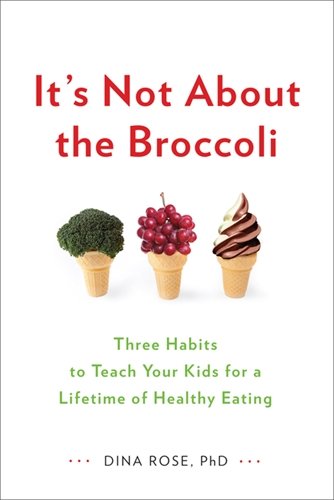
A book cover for It's Not About the Broccoli: Three Habits to Teach Your Kids for a Lifetime of Healthy Eating; Dina Rose; Health, Fitness & Dieting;